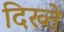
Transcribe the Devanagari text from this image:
दिख्ते